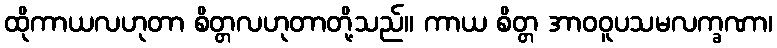
ထိုကာယလဟုတာ စိတ္တလဟုတာတို့သည်။ ကာယ စိတ္တ အာဝဝူပသမလက္ခဏာ၊